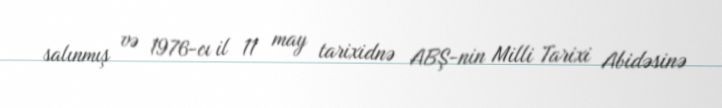
salınmış və 1976-cı il 11 may tarixidnə ABŞ-nin Milli Tarixi Abidəsinə